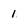
Character: 1